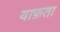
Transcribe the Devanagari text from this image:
याफ़ता